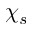
\chi _ { s }